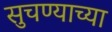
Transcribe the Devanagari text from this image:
सुचण्याच्या